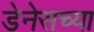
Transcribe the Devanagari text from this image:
डेनेसच्या